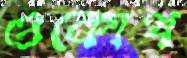
ওকোথ